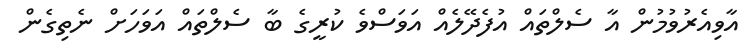
އާވިއެރުވުމުން އާ ސެލްތައް އުފެދޭލެއް އަވަސްވެ ކުރީގެ ބާ ސެލްތައް އަވަހަށް ނެތިގެން